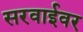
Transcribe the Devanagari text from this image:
सरवाईवर